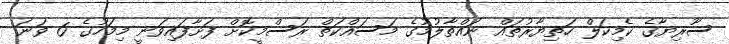
ސޫރިޔާގެ ކެމިކަލް ހަތިޔާރުތައް ނައްތާލުމުގެ މަސައްކަތް ރަސްމީކޮށް ފަށާފައިވަނީ މިމަހުގެ 6 ވަނަ